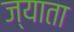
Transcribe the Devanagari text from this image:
ज्याता